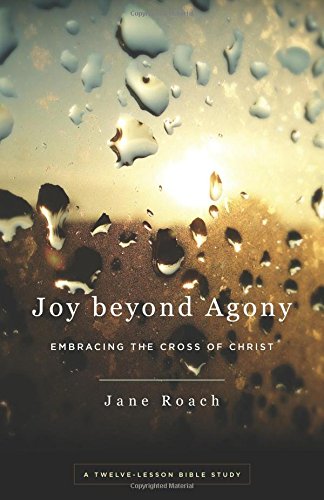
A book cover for Joy Beyond Agony: Embracing the Cross of Christ, a Twelve-Week Study; Jane Roach; Christian Books & Bibles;